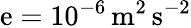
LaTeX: \mathrm{e}=10^{-6}\, \mathrm{{{m^{2}\, s^{-2}}}}